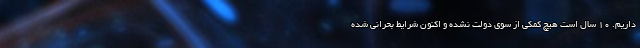
داریم. ۱۰ سال است هیچ کمکی از سوی دولت نشده و اکنون شرایط بحرانی شده